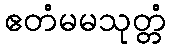
ဧတံမမသုတ္တံ